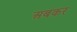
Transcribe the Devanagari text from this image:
अबकर